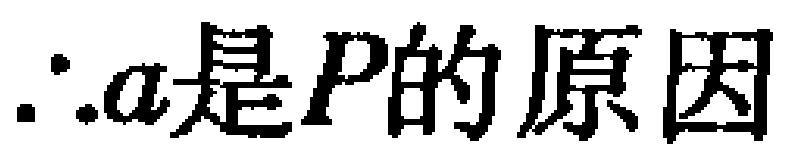
\(\therefore a是P的原因\)